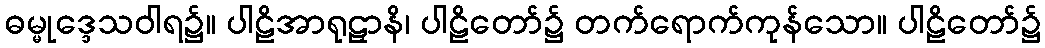
ဓမ္မုဒ္ဒေသဝါရ၌။ ပါဠိအာရုဠှာနိ၊ ပါဠိတော်၌ တက်ရောက်ကုန်သော။ ပါဠိတော်၌